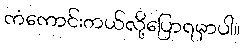
ကံကောင်းတယ်လို့ပြောရမှာပါ။